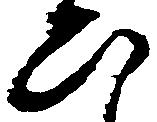
ひ